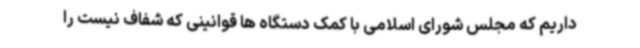
داریم که مجلس شورای اسلامی با کمک دستگاه ها قوانینی که شفاف نیست را